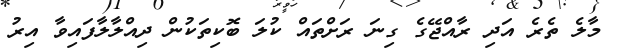
މާލެ ތެރެ އަދި ރާއްޖޭގެ ގިނަ ރަށްތައް ކުލަ ބޮކިތަކުން ދިއްލާލާފައިވާ އިރު